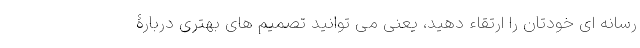
رسانه ای خودتان را ارتقاء دهید، یعنی می توانید تصمیم های بهتری دربارۀ